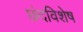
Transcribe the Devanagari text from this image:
छंदविशेष